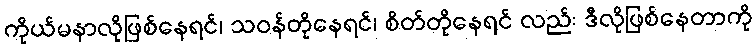
ကိုယ်မနာလိုဖြစ်နေရင်၊ သဝန်တိုနေရင်၊ စိတ်တိုနေရင် လည်း ဒီလိုဖြစ်နေတာကို